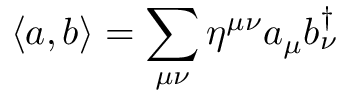
\displaystyle \langle a , b \rangle = \sum _ { \mu \nu } \eta ^ { \mu \nu } a _ { \mu } b _ { \nu } ^ { \dagger }